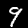
Digit: 9